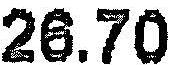
26.70